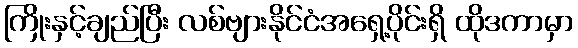
ကြိုးနှင့်ချည်ပြီး လစ်ဗျားနိုင်ငံအရှေ့ပိုင်းရှိ ထိုဒကာမှာ